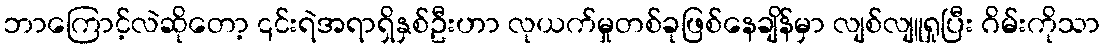
ဘာကြောင့်လဲဆိုတော့ ၎င်းရဲအရာရှိနှစ်ဦးဟာ လုယက်မှုတစ်ခုဖြစ်နေချိန်မှာ လျစ်လျူရှုပြီး ဂိမ်းကိုသာ